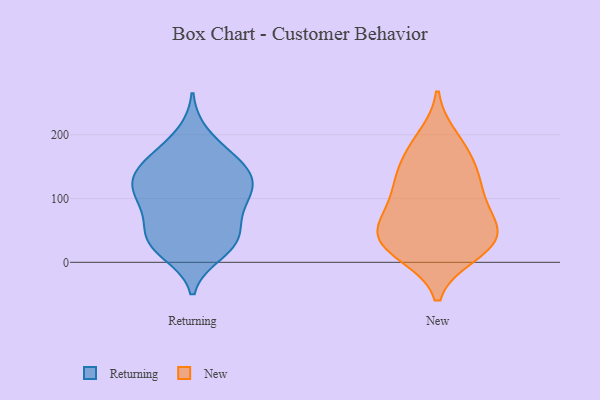
{"axis": {"x": "Gross Profit (USD K)", "y": "Value"}, "legend": ["New", "Returning"], "data": [{"x": "", "y": 22, "type": "Returning"}, {"x": "", "y": 80, "type": "Returning"}, {"x": "", "y": 200, "type": "Returning"}, {"x": "", "y": 36, "type": "Returning"}, {"x": "", "y": 99, "type": "Returning"}, {"x": "", "y": 15, "type": "Returning"}, {"x": "", "y": 168, "type": "Returning"}, {"x": "", "y": 82, "type": "Returning"}, {"x": "", "y": 31, "type": "Returning"}, {"x": "", "y": 157, "type": "Returning"}, {"x": "", "y": 42, "type": "Returning"}, {"x": "", "y": 123, "type": "Returning"}, {"x": "", "y": 125, "type": "Returning"}, {"x": "", "y": 133, "type": "Returning"}, {"x": "", "y": 114, "type": "Returning"}, {"x": "", "y": 108, "type": "Returning"}, {"x": "", "y": 160, "type": "Returning"}, {"x": "", "y": 48, "type": "Returning"}, {"x": "", "y": 145, "type": "Returning"}, {"x": "", "y": 14, "type": "New"}, {"x": "", "y": 122, "type": "New"}, {"x": "", "y": 59, "type": "New"}, {"x": "", "y": 98, "type": "New"}, {"x": "", "y": 30, "type": "New"}, {"x": "", "y": 31, "type": "New"}, {"x": "", "y": 86, "type": "New"}, {"x": "", "y": 119, "type": "New"}, {"x": "", "y": 39, "type": "New"}, {"x": "", "y": 56, "type": "New"}, {"x": "", "y": 151, "type": "New"}, {"x": "", "y": 50, "type": "New"}, {"x": "", "y": 182, "type": "New"}, {"x": "", "y": 13, "type": "New"}, {"x": "", "y": 195, "type": "New"}, {"x": "", "y": 149, "type": "New"}]}